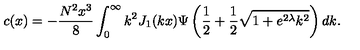
c ( x ) = - \frac { N ^ { 2 } x ^ { 3 } } { 8 } \int _ { 0 } ^ { \infty } k ^ { 2 } J _ { 1 } ( k x ) \Psi \left( \frac { 1 } { 2 } + \frac { 1 } { 2 } \sqrt { 1 + e ^ { 2 \lambda } k ^ { 2 } } \right) d k .